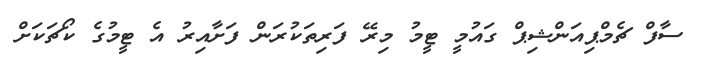
ސާފް ޗެމްޕިއަންޝިޕް ގައުމީ ޓީމު މިރޭ ފަރިތަކުރަން ފަށާއިރު އެ ޓީމުގެ ކޯޗަކަށް